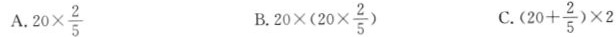
A.$$2 0 \times \frac{ 2 } { 5 }$$ B.$$2 0 \times（ 2 0 \times \frac{ 2 } { 5 } $$ C.$$（ 2 0 + \frac{ 2 } { 5 } ）\times 2$$